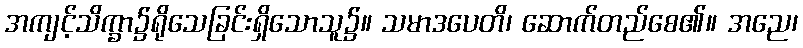
အကျင့်သိက္ခာ၌ရိုသေခြင်းရှိသောသူ၌။ သမာဒပေတိ၊ ဆောက်တည်စေ၏။ အညေ၊